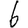
Digit: 6